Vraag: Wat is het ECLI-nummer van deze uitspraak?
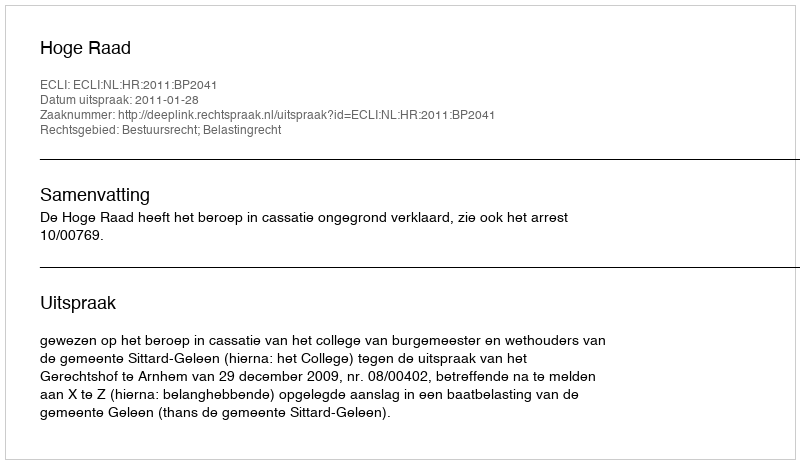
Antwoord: ECLI:NL:HR:2011:BP2041